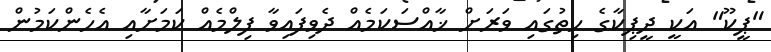
"ޕީކޫ" އަކީ ދީޕިކާގެ ހިތުގައި ވަރަށް ޚާއްސަކަމެއް ދެވިފައިވާ ފިލްމެއް ކަމަށާއި އެހެންކަމުން